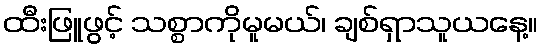
ထီးဖြူဖွင့် သစ္စာကိုမူမယ်၊ ချစ်ရှာသူယနေ့။